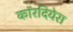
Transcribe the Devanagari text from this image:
कॉरदियेरा